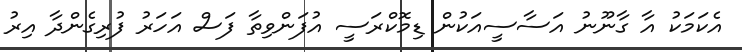
އެކަމަކު އާ ގާނޫނު އަސާސީއަކުން ޑިމޮކްރަސީ އުފަންވިތާ ފަސް އަހަރު ފުރިގެންދާ އިރު